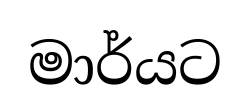
මාර්යට